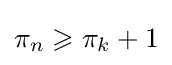
\pi _{n}\geqslant \pi _{k}+1